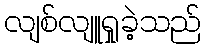
လျစ်လျူရှုခဲ့သည်